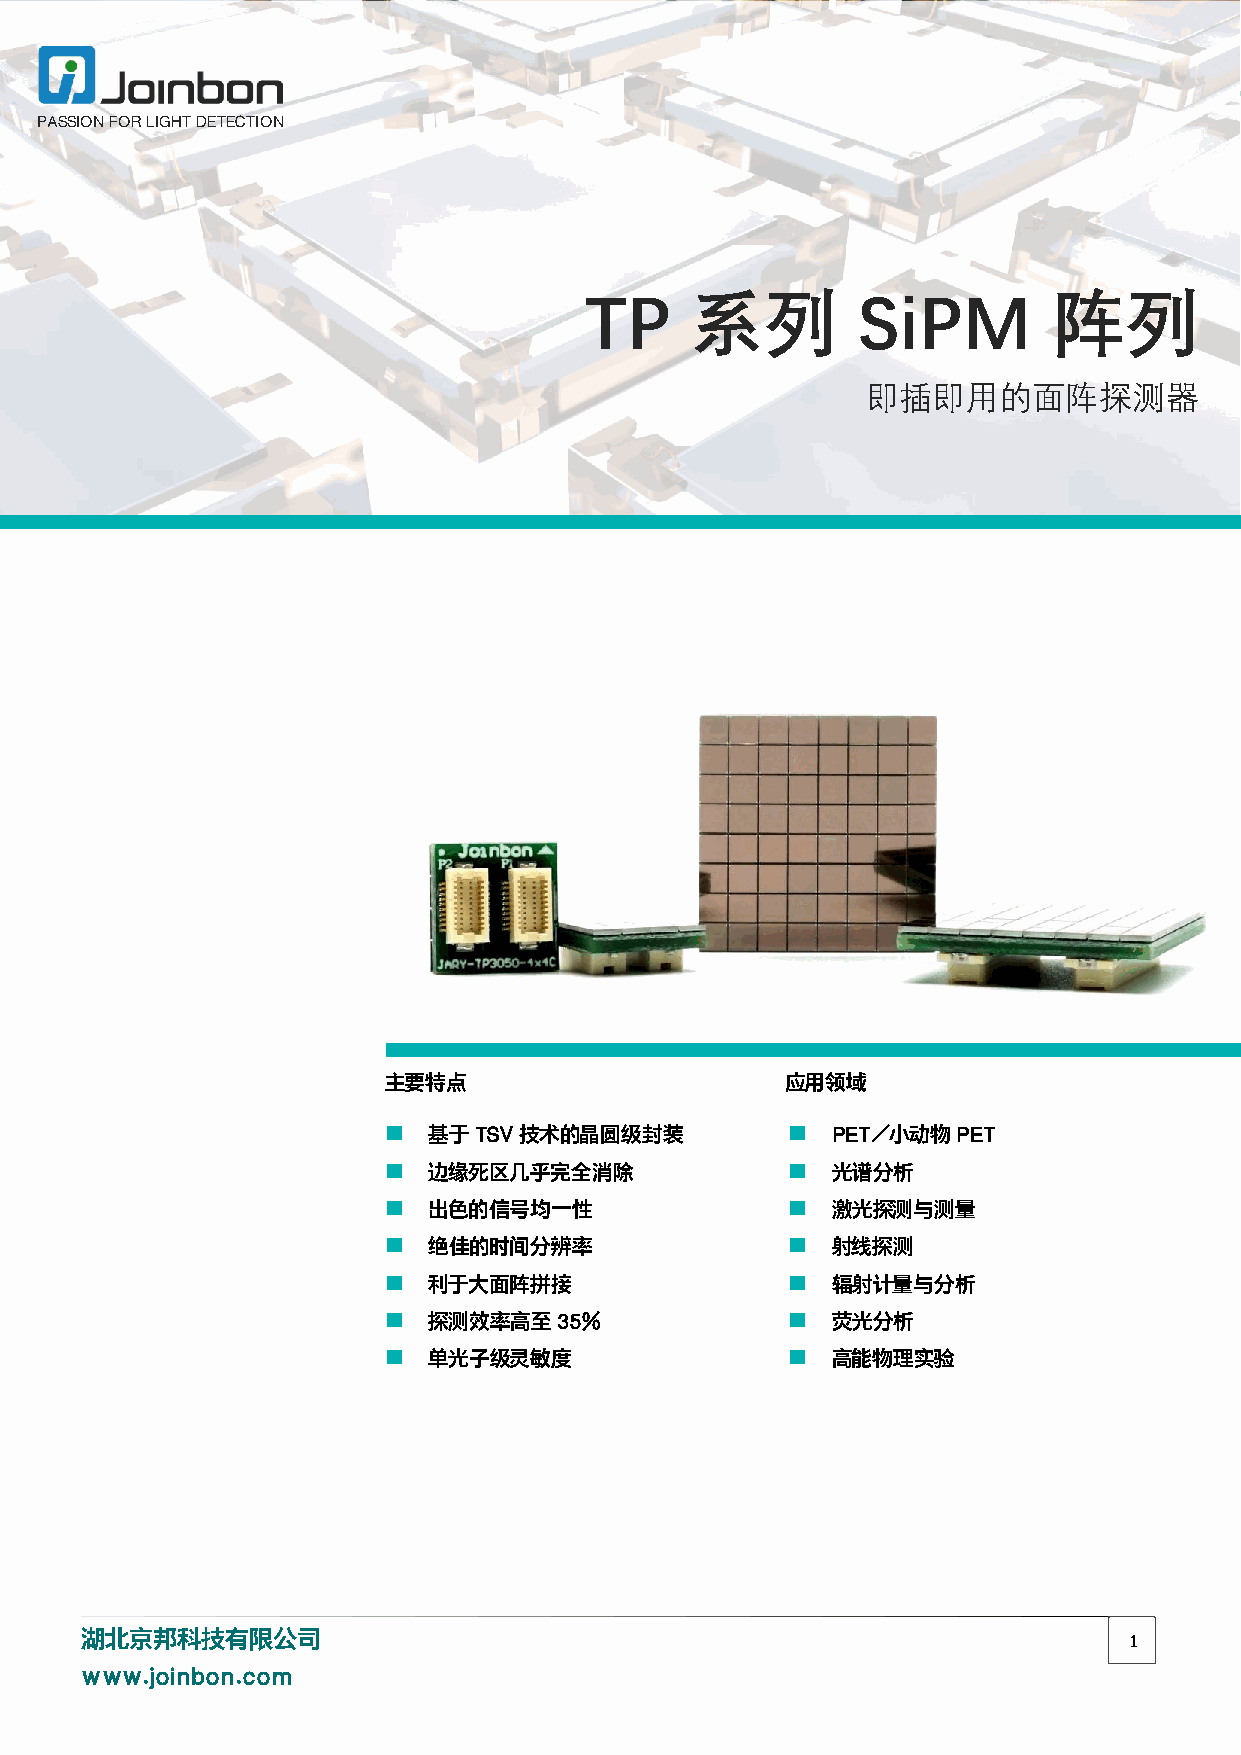
TP  系列   SiPM   阵列数据资料
 PASSION FOR LIGHT DETECTION
 TP     系列         SiPM         阵列
 即插即用的面阵探测器
 主要特点                       应用领域
   基于TSV技术的晶圆级封装             PET/小动物PET
   边缘死区几乎完全消除                光谱分析
   出色的信号均一性                  激光探测与测量
   绝佳的时间分辨率                  射线探测
   利于大面阵拼接                   辐射计量与分析
   探测效率高至35%                 荧光分析
   单光子级灵敏度                   高能物理实验
 湖北京邦科技有限公司
 1
 www.joinbon.com